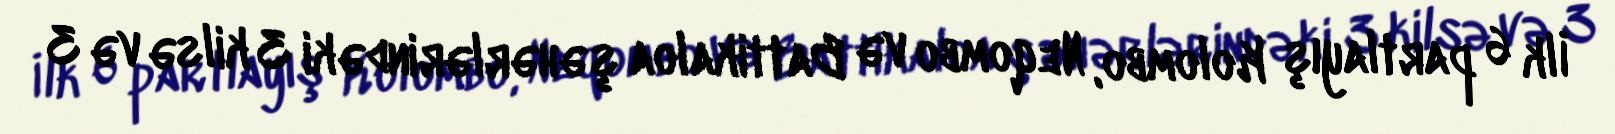
İlk 6 partlayış Kolombo, Neqombo və Battikaloa şəhərlərindəki 3 kilsə və 3